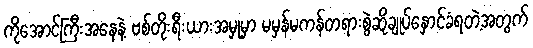
ကိုအောင်ကြီးအနေနဲ့ ဗစ်တိုးရီးယားအမှုမှာ မမှန်မကန်တရားစွဲဆိုချုပ်နှောင်ခံရတဲ့အတွက်